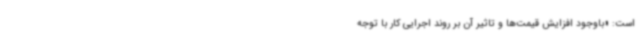
است: «باوجود افزایش قیمت‌ها و تاثیر آن بر روند اجرایی کار با توجه